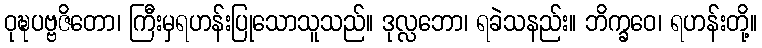
ဝုဍ္ဎပဗ္ဗဇိတော၊ ကြီးမှရဟန်းပြုသောသူသည်။ ဒုလ္လဘော၊ ရခဲသနည်း။ ဘိက္ခဝေ၊ ရဟန်းတို့။